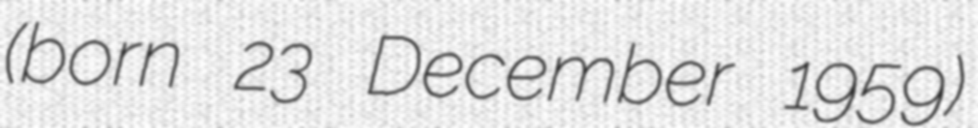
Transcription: (born 23 December 1959)